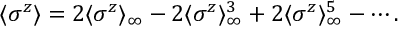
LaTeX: \langle \sigma ^ { z } \rangle = 2 \langle \sigma ^ { z } \rangle _ { \infty } - 2 \langle \sigma ^ { z } \rangle _ { \infty } ^ { 3 } + 2 \langle \sigma ^ { z } \rangle _ { \infty } ^ { 5 } - \cdots .